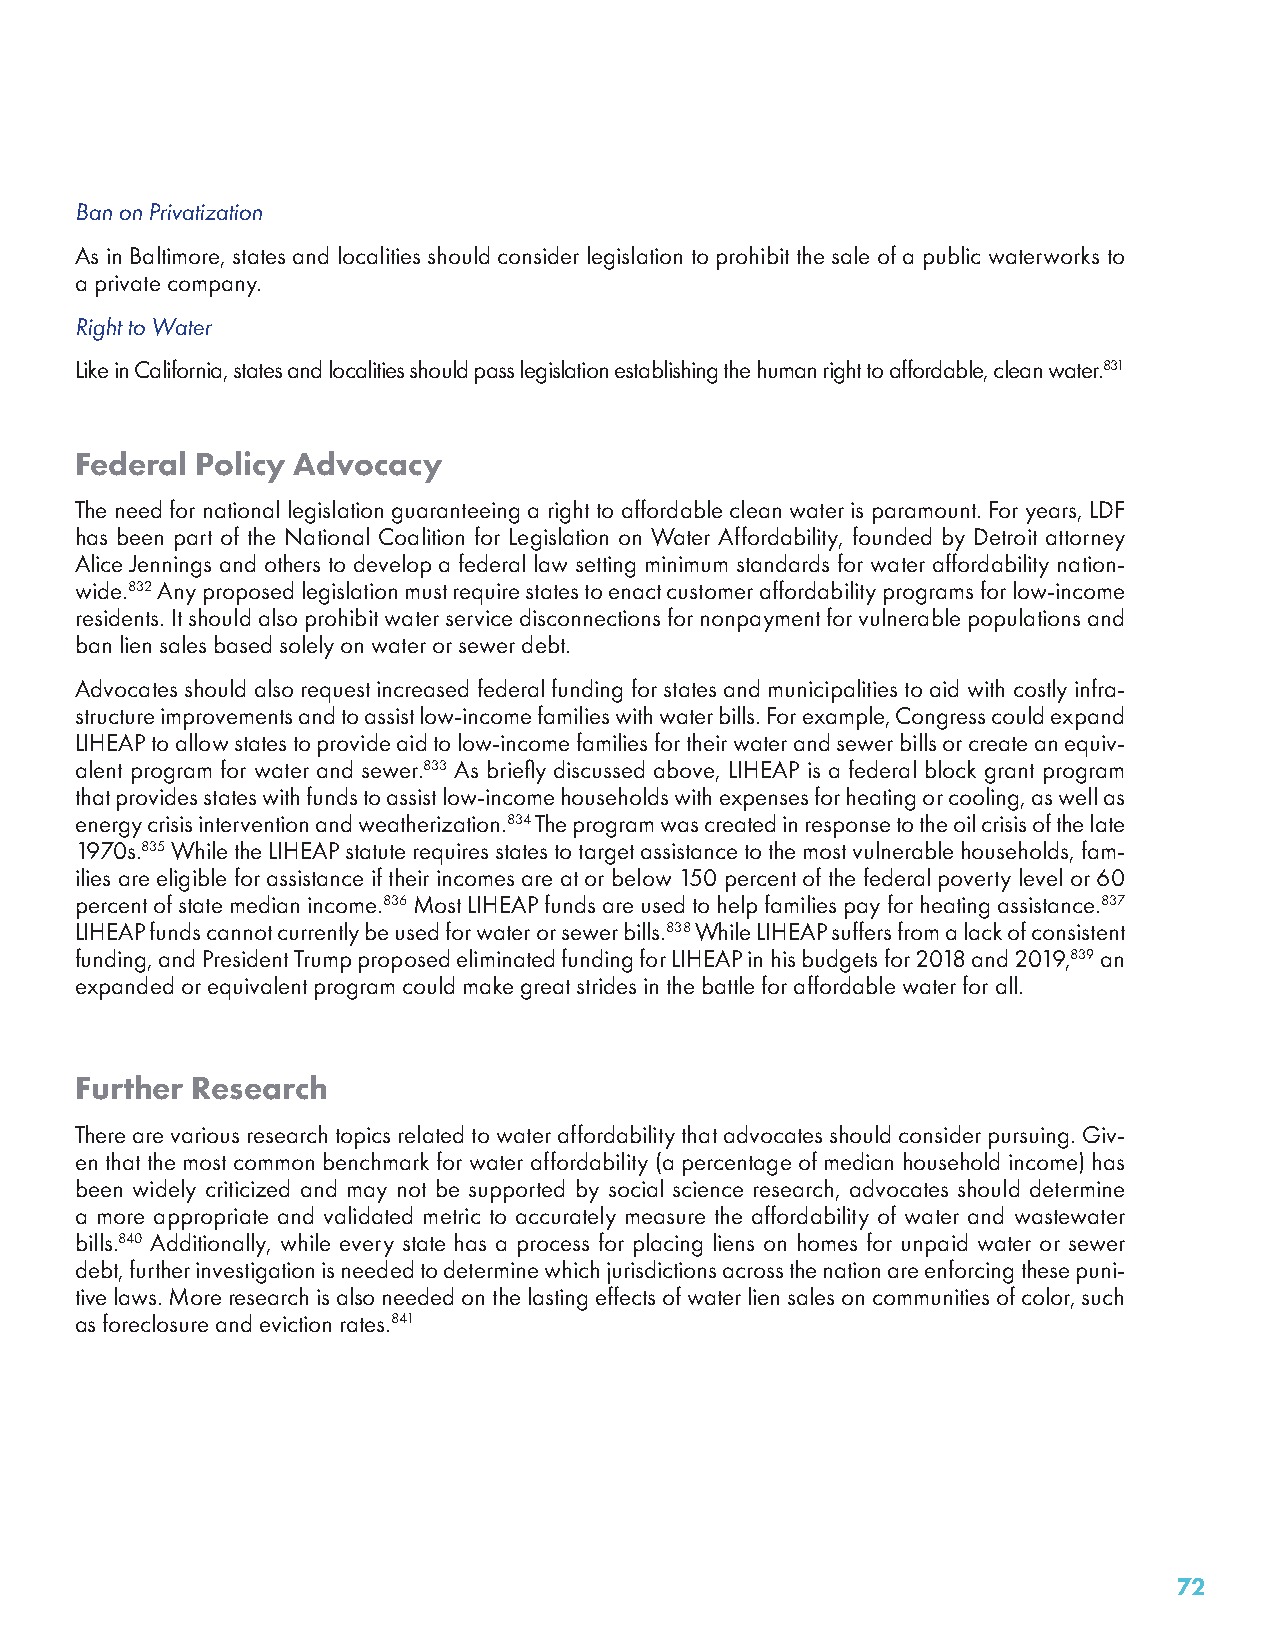
Ban on Privatization
 As in Baltimore, states and localities should consider legislation to prohibit the sale of a public waterworks to
 a private company.
 Right to Water
 Like in California, states and localities should pass legislation establishing the human right to affordable, clean water.831
 Federal Policy Advocacy
 The need for national legislation guaranteeing a right to affordable clean water is paramount. For years, LDF
 has been part of the National Coalition for Legislation on Water Affordability, founded by Detroit attorney
 Alice Jennings and others to develop a federal law setting minimum standards for water affordability nation-
 wide.832 Any proposed legislation must require states to enact customer affordability programs for low-income
 residents. It should also prohibit water service disconnections for nonpayment for vulnerable populations and
 ban lien sales based solely on water or sewer debt.
 Advocates should also request increased federal funding for states and municipalities to aid with costly infra-
 structure improvements and to assist low-income families with water bills. For example, Congress could expand
 LIHEAP to allow states to provide aid to low-income families for their water and sewer bills or create an equiv-
 alent program for water and sewer.833 As briefly discussed above, LIHEAP is a federal block grant program
 that provides states with funds to assist low-income households with expenses for heating or cooling, as well as
 energy crisis intervention and weatherization.834 The program was created in response to the oil crisis of the late
 1970s.835 While the LIHEAP statute requires states to target assistance to the most vulnerable households, fam-
 ilies are eligible for assistance if their incomes are at or below 150 percent of the federal poverty level or 60
 percent of state median income.836 Most LIHEAP funds are used to help families pay for heating assistance.837
 LIHEAP funds cannot currently be used for water or sewer bills.838 While LIHEAP suffers from a lack of consistent
 funding, and President Trump proposed eliminated funding for LIHEAP in his budgets for 2018 and 2019,839 an
 expanded or equivalent program could make great strides in the battle for affordable water for all.
 Further Research
 There are various research topics related to water affordability that advocates should consider pursuing. Giv-
 en that the most common benchmark for water affordability (a percentage of median household income) has
 been widely criticized and may not be supported by social science research, advocates should determine
 a more appropriate and validated metric to accurately measure the affordability of water and wastewater
 bills.840 Additionally, while every state has a process for placing liens on homes for unpaid water or sewer
 debt, further investigation is needed to determine which jurisdictions across the nation are enforcing these puni-
 tive laws. More research is also needed on the lasting effects of water lien sales on communities of color, such
 as foreclosure and eviction rates.841
 72